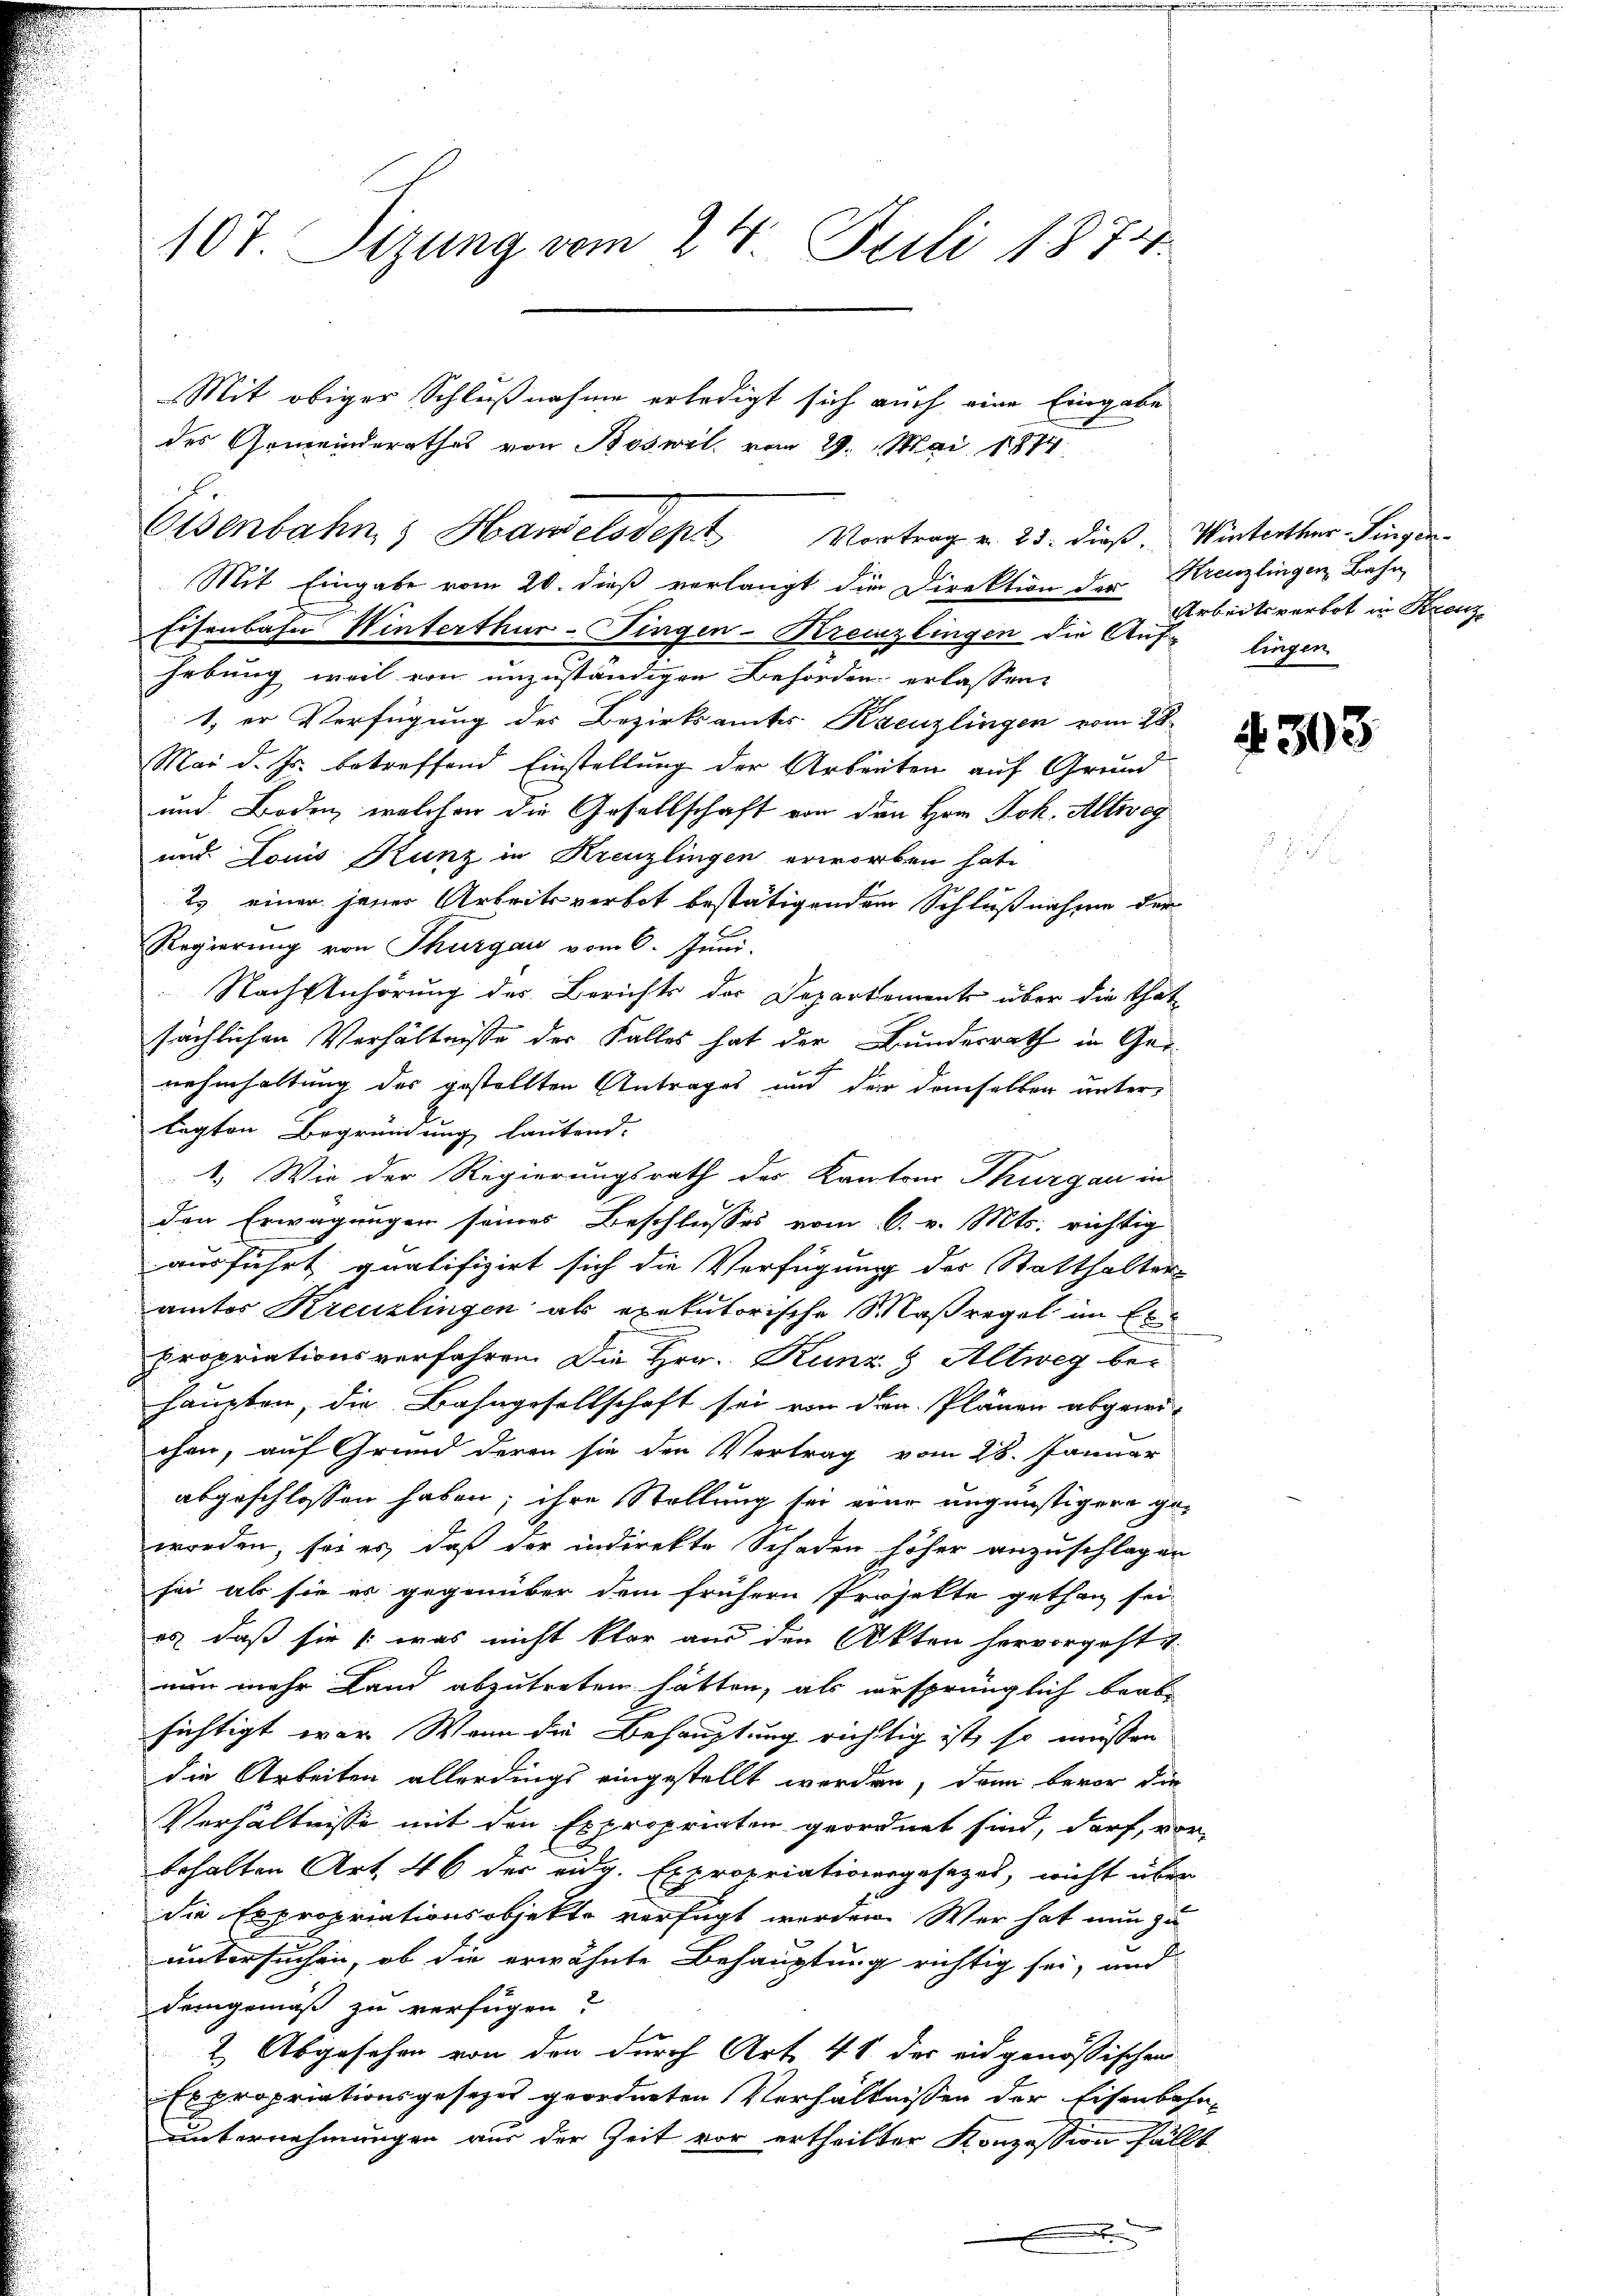
107. Sizung vom 24. Juli 1874.

Mit Eingabe vom 20. dieß verlangt die Direktion der Kreuzlingen Bahn
Eisenbahn Winterthur-Fingen-Kreuzlingen die Auf- liegen
hebung weil von unzuständigen Behörden erlassen,
1, er Verfügung des Bezirksamtes Kreuzlingen vom 28.
Mai d. Js. betreffend Einstellung der Arbeiten auf Grund
und Boden, welchen die Gesellschaft von den Herr Joh. Altweg
und Louis Kunz in Kreuzlingen erworben hate
2. einer jener Arbeitsverbot bestätigendem Schlußnahme der
Regierung von Thurgau vom 6. Juni.
Nach Anhörung des Berichts der Departements über die That
sächlichen Verhältnisse der Falles hat der Bundesrath in Ger
nahmhaltung des gestellten Antrages und der demselben unter
lagten Begründung lautend.
1.) Wie der Regierungsrath des Kantons Thurgau in
den Erwägungen seines Beschlusses vom 6. v. Mts. richtig
ausführt qualifizirt sich die Verfügung der Statthalter-
ämter Kreuzlingen als exekutorische Maßregel im Expropriationsverfahren. Die Hrn. Kunz & Altweg be-
haupten, die Bahngesellschaft sei von den Plänen abgewi-
chen, auf Grund deren sie den Vertrag vom 28. Januar
abgeschlossen haben; ihre Stellung sei eine ungünstigere ge¬
8.
worden, sei es, daß der indirekte Schaden höher anzuschlagen
sei als sie es gegenüber dem frühern Projekte gethan sei
es, daß sie /: was nicht klar aus den Akten hervorgeht
nun mehr Land abzutreten hätten, als ursprünglich beab-
sichtigt war. Wann die Behauptung richtig ist, so müssen
die Arbeiten allerdings eingestellt werden, dann bevor die
Verhältnisse mit den Expropriaten geordnet sind, darf, vor¬
E
behalten Art. 46 der eidg. Expropriationsgesetzes, nicht über
die Expropriationsobjekte verfügt werden. Wer hat nun zu
untersuchen, ob die erwähnte Behauptung richtig sei, und
Demgemäß zu verfügen?
2.) Abgesehen von den durch Art. 41 des eidgenössischen
Expropriationsgesezes geordneten Verhältnissen der Eisenbahn-
unternehmungen aus der Zeit vor ertheilter Konzession fällt
.

Mit obiger Schlußnahme erledigt sich auch eine Eingabe
des Gemeinderathes von Boswil, vom 29. Mai 1874

Eisenbahn & Handelsdept Vortrag v. 23. dieß. Winterthur Singer¬

Arbeitsverbot in Krenz

303